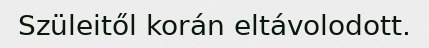
Szüleitől korán eltávolodott.